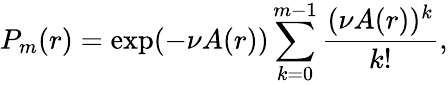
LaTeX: P_{m}(r)=\exp(-\nu A(r))\sum_{k=0}^{m-1}\frac{(\nu A(r))^{k}}{k!},